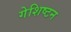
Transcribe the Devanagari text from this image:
गेशिष्टन